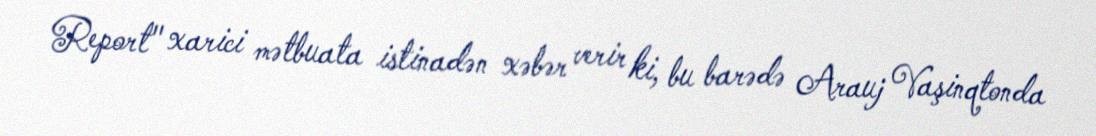
Report" xarici mətbuata istinadən xəbər verir ki, bu barədə Arauj Vaşinqtonda